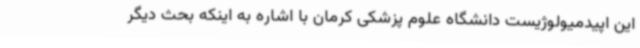
این اپیدمیولوژیست دانشگاه علوم پزشکی کرمان با اشاره به اینکه بحث دیگر